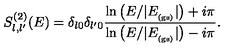
S _ { l , l ^ { \prime } } ^ { ( 2 ) } ( E ) = \delta _ { l 0 } \delta _ { l ^ { \prime } 0 } \frac { \ln \left( E / | E _ { _ \mathrm { ( g s ) } } | \right) + i \pi } { \ln \left( E / | E _ { _ \mathrm { ( g s ) } } | \right) - i \pi } .